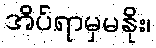
အိပ်ရာမှမနိုး၊